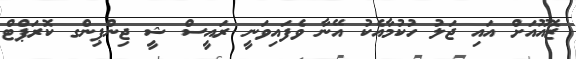
ޒޮއޫއަށް އައި ޖަލު ހުކުމާއެކު އޭނާ ވެފައިވަނީ ރައީސް ޝީ ޖިންޕިންގ ކޮރަޕްޓް